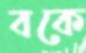
বকে